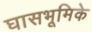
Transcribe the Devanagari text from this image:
घासभूमिके